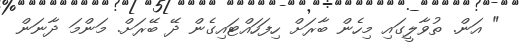
" އަން. ތުވާލީގައި މިހެން ބާރަށް ހިފަހައްޓައިގެން ދޭ ބޭރަށް. މަންމަ ދާނަން